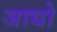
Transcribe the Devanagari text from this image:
जाधो